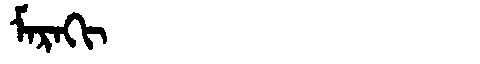
Manchu: ᠮᠠᡵᠠᡴᡳ
Romanization: MARAKI